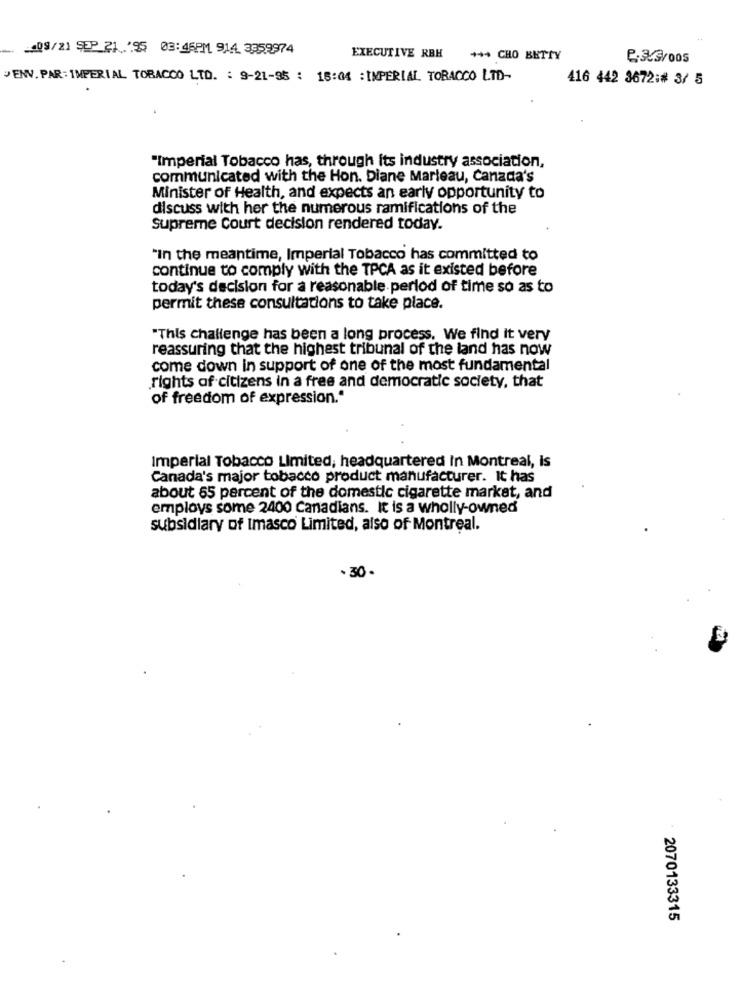
409/21 SEP 21 :95 03:46PM 914 3359974
EXECUTIVE RBH
+++ CHO BETTY
›ENV. PAR : IMPERIAL TOBACCO LTD. : 9-21-95 : 15:04 :IMPERIAL TORAOCO LTD-
416 442 3672:# 3/ 5
"Imperial Tobacco has, through its industry association,
communicated with the Hon. Diane Marleau, Canada's
Minister of Health, and expects an early opportunity to
discuss with her the numerous ramifications of the
supreme Court decision rendered today.
"In the meantime, Imperial Tobacco has committed to
continue to comply with the TPCA as it existed before
today's decision for a reasonable period of time so as to
permit these consultations to take place.
"This challenge has been a long process. We find It very
reassuring that the highest tribunal of the land has now
come down in support of one of the most fundamental
rights of citizens in a free and democratic society, that
of freedom of expression."
Imperial Tobacco Limited, headquartered In Montreal, is
Canada's major tobacco product manufacturer. It has
about 65 percent of the domestic cigarette market, and
employs some 2400 Canadians. It is a wholly-owned
subsidiary of Imasco Limited, also of Montreal.
. 30 .
2070133315